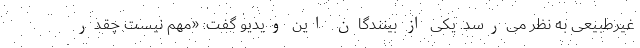
غیرطبیعی به نظر می‌رسد. یکی از بینندگان این ویدیو گفت: «مهم نیست چقدر